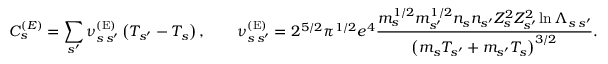
C _ { s } ^ { { ( E ) } } = \sum _ { s ^ { \prime } } \nu _ { s \, s ^ { \prime } } ^ { \mathrm { ( E ) } } \left( T _ { s ^ { \prime } } - T _ { s } \right) , \qquad \nu _ { s \, s ^ { \prime } } ^ { \mathrm { ( E ) } } = 2 ^ { 5 / 2 } \pi ^ { 1 / 2 } e ^ { 4 } \frac { m _ { s } ^ { 1 / 2 } m _ { s ^ { \prime } } ^ { 1 / 2 } n _ { s } n _ { s ^ { \prime } } Z _ { s } ^ { 2 } Z _ { s ^ { \prime } } ^ { 2 } \ln \Lambda _ { s \, s ^ { \prime } } } { \left( m _ { s } T _ { s ^ { \prime } } + m _ { s ^ { \prime } } T _ { s } \right) ^ { 3 / 2 } } .